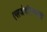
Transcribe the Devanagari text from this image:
एसजेवीएनएल